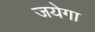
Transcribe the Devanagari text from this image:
जयेगा